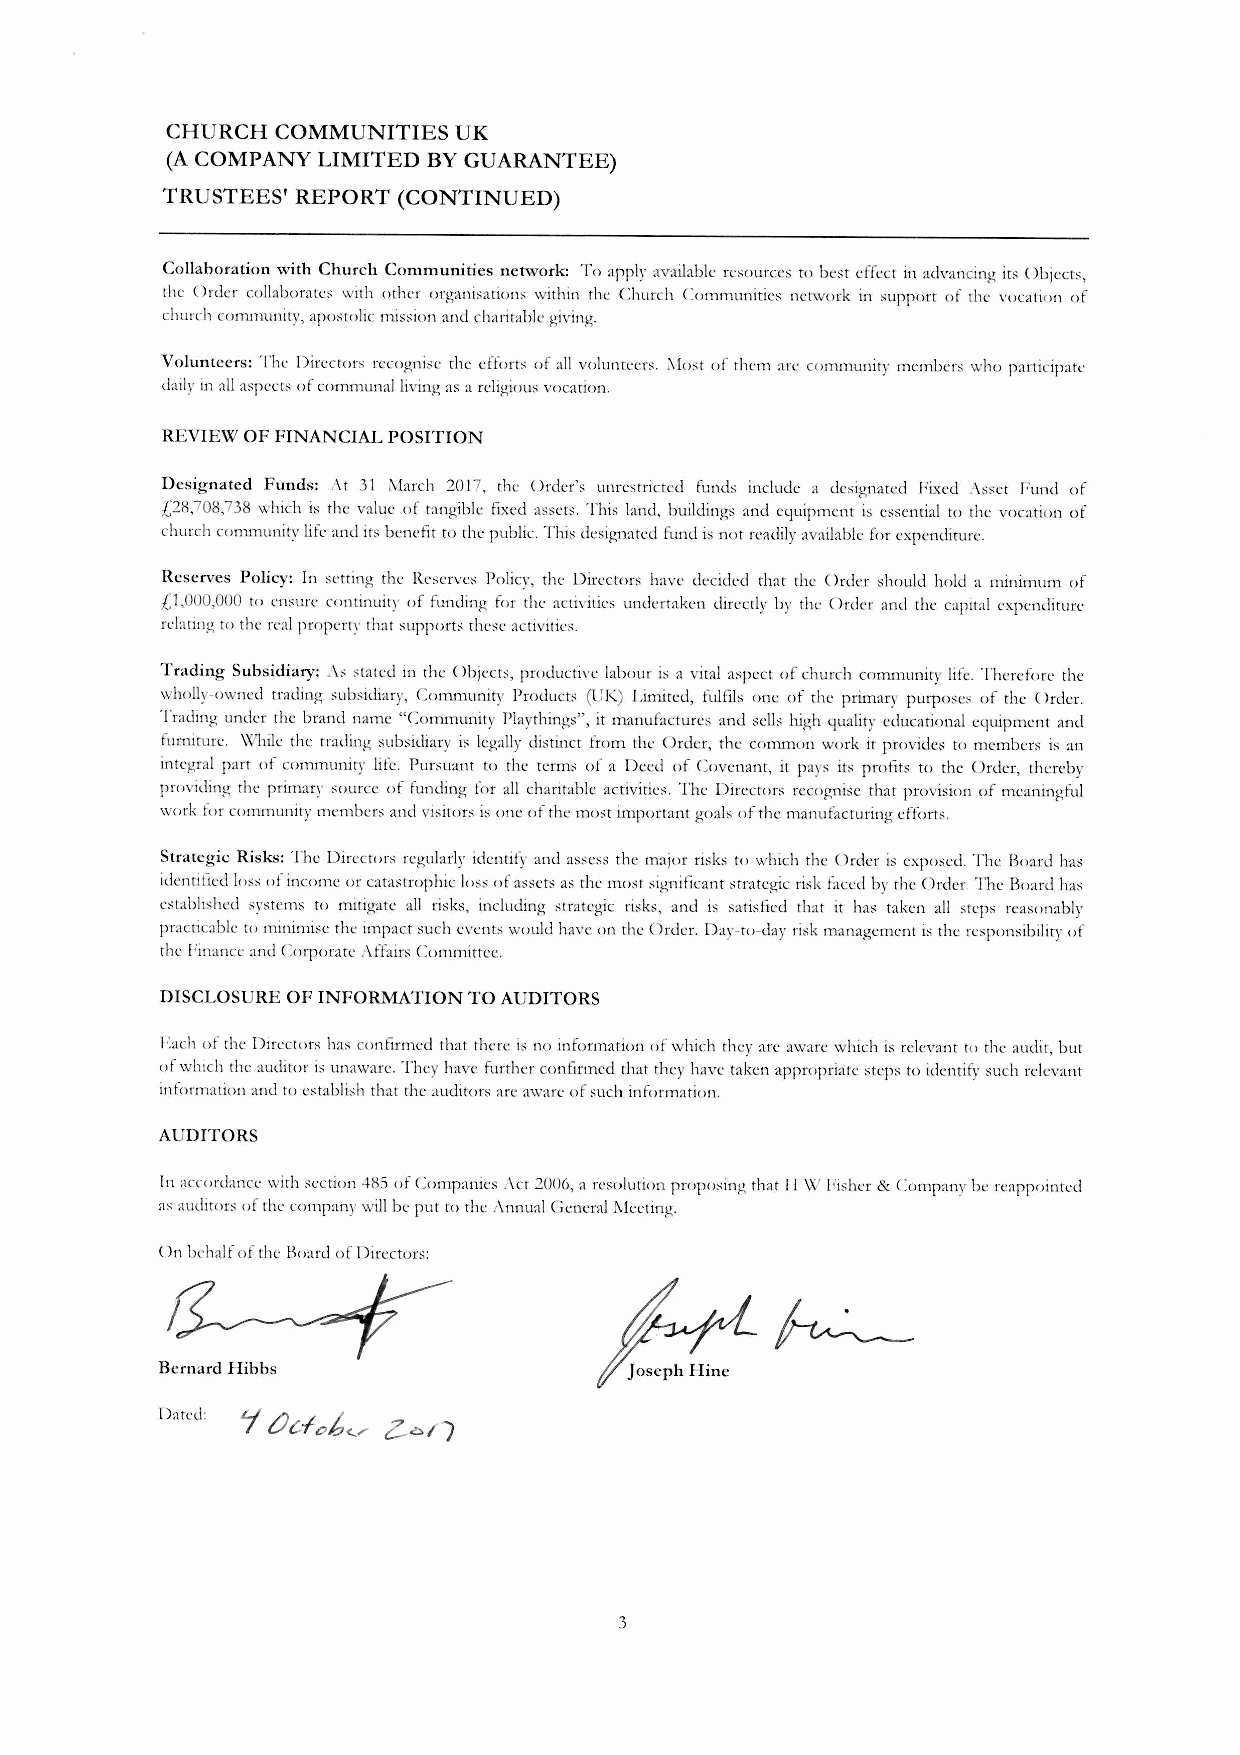
CHURCH COMMUNITIES UK
 (ACOMPANY LIMITED BYGUARANTEE)
 TRUSTEES' REPORT (CONTINUED)
 Collahoration with Church Communities network: To apply available rewul"ces ro best effect in advancing its Obj<::cts,
 the Order collaborates with other organisations within the Church Communitie,; network in support of the vocation of
 church cOllllllunity, aposrolic mission and charitable giving.
 Volunteers: The Directors recognise the efforts of all volunteers. "lost of them arc community members who participate
 daily in all aspects ()fcommunal living as a religious vocation.
 REVIEW OF FINANCIAL POSITION
 Designated Funds: 1\t 31 I\larch 2017, the Order's unrestricted funds include a designated Fixed ,\sset Fund of
 £28,708,738 which is the value of tangible fixed assets. This land, buildings and eLluipmcnt is essential to the vocation of
 church community life and its benefit to the public. This ciesi)"'1lated fund is not readily available for expenditure.
 Reserves Policy: In setting the Reserves Policy, the Directors have decided that the Order should hold a minimum of
 [1,000,000 to ensure continuity of funding for the activities undertaken directly by the Order and the capital expenditure
 relating to the rcal properry that supports these acrivities.
 Trading Subsidiary: ,\s stared in the ()hJects, pwducrive labour is a viral aspect of church communiry life. Therefore the
 wholly-owned trading subsidiary, Community Products (UK) I.imired, fulfils one of the primary purposes of rhe Order.
 Trading under the brand name "Communil)' I'lavrhings", ir manufactures and sclb high Lluality educarional equipmenr and
 furniture. \V'hik the trading subsidiary is legally di"tinct from the Order, the common work it provide" to member" is an
 inregral part of community life. I'ur"uant to the terms of a Deed of Covenant, it pal'" it" profits to the Order, rhereby
 providing the primary source of funding for all charitable activitie". The Direcror, recognise that provision of meaningful
 work for communir), members and visitor" i"one of the mo"t important goal" of the manufacturing efforts.
 Strategic Risks: The Directors regularly identify and assess the major risks to which the Order is exposed. The Board has
 identified loss of income or catastrophic loss of assets as the mosr significant strategic risk faced by the Order. The Board has
 established systems t() mitigate all risks, including strategic risks, and is satisfied th:lt it has taken all steps reasonably
 practicable t()minimise the impact such events would have on the Order. Day-t()-day risk management is rhe re"p{)nsibility of
 the I:inance and Corporate, \ffairs Committee.
 DISCLOSURE OF INFORMATION TO AUDITORS
 I':ach of the Directors has confirmed that there is no information of which they arc aware which is relevant to the audit, bur
 of which the auditor is unaware. They have further confirmed that they have taken appropriate "tep' to identify "uch relevant
 information and ro establi"h that the auditor" arc aware of sLlchinformation.
 AUDITORS
 In accordance with section 485 of Companies .\ct 2006, a resolution proposing that II\XIj<"j,hcr& Company be reappointed
 as auditors of the company will be put ro the Annual Ceneral I\keting.
 ()n behalf of rhe Board of Direcrors:
 Bernard Hibbs
 Dated:
 3